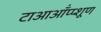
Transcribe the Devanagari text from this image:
टाआऑंप्प्शूण